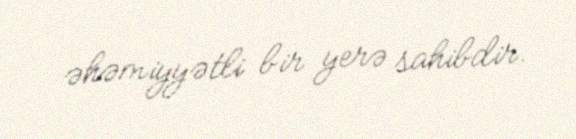
əhəmiyyətli bir yerə sahibdir.